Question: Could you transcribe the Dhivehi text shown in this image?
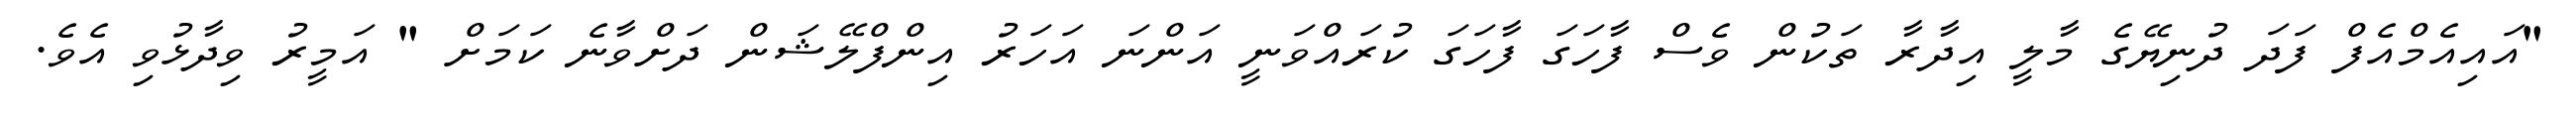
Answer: "އައިއެމްއެފް ފަދަ ދުނިޔޭގެ މާލީ އިދާރާ ތަކުން ވެސް ފާހަގަ ފާހަގަ ކުރައްވަނީ އަންނަ އަހަރު އިންފްލޭޝަން ދަށްވާނެ ކަމަށް " އަމީރު ވިދާޅުވި އެވެ.